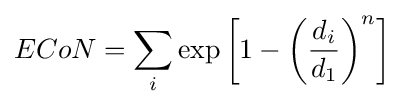
ECoN=\sum _{i}\exp \left[1-\left({\frac {d_{i}}{d_{1}}}\right)^{n}\right]